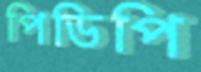
পিডিপি